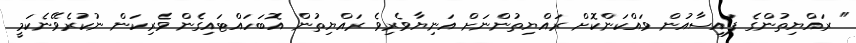
" ރައްޔިތުންގެ ފައިސާއުން ވައްކަންކޮށް ރައްޔިތުންނަށް އަނިޔާވެރިވެ ރައްޔިތުން އޮބަހައްޓައިގެން ވެރިކަން ނުކުރެވޭނެކަމީ